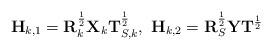
LaTeX: \begin{align*}\bold{H}_{k,1}=\bold{R}_{k}^{\frac{1}{2}}\bold{X}_{k}\bold{T}^{\frac{1}{2}}_{S,k},~\bold{H}_{k,2}=\bold{R}_{S}^{\frac{1}{2}}\bold{Y}\bold{T}^{\frac{1}{2}}\end{align*}